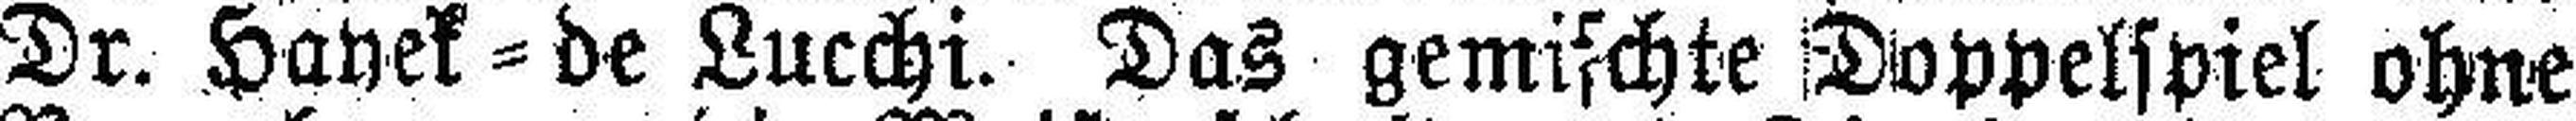
Dr. Hayek=de Lucchi. Das gemischte Doppelspiel ohne